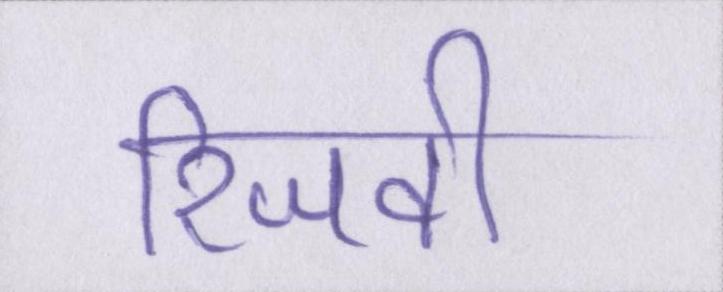
रिजवी